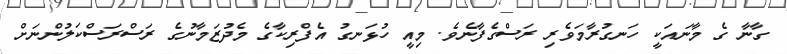
ގާނާ ގެ މާނައަކީ ހަނގުރާމަވެރި ރަސްގެފާނެވެ. މިއީ ހުޅަނގު އެފްރިކާގެ މެދުޒަމާނުގެ ރަސްރަސްކަލުންނަށް